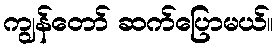
ကျွန်တော် ဆက်ပြောမယ်။